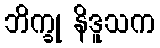
ဘိက္ခု နိဒူသက